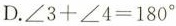
D. $$∠ 3 + ∠ 4 = 180 °$$